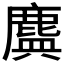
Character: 𪊻